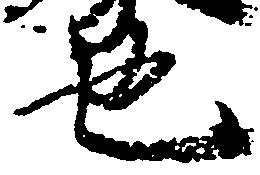
也